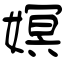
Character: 嫇